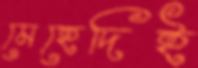
মেহেদিই